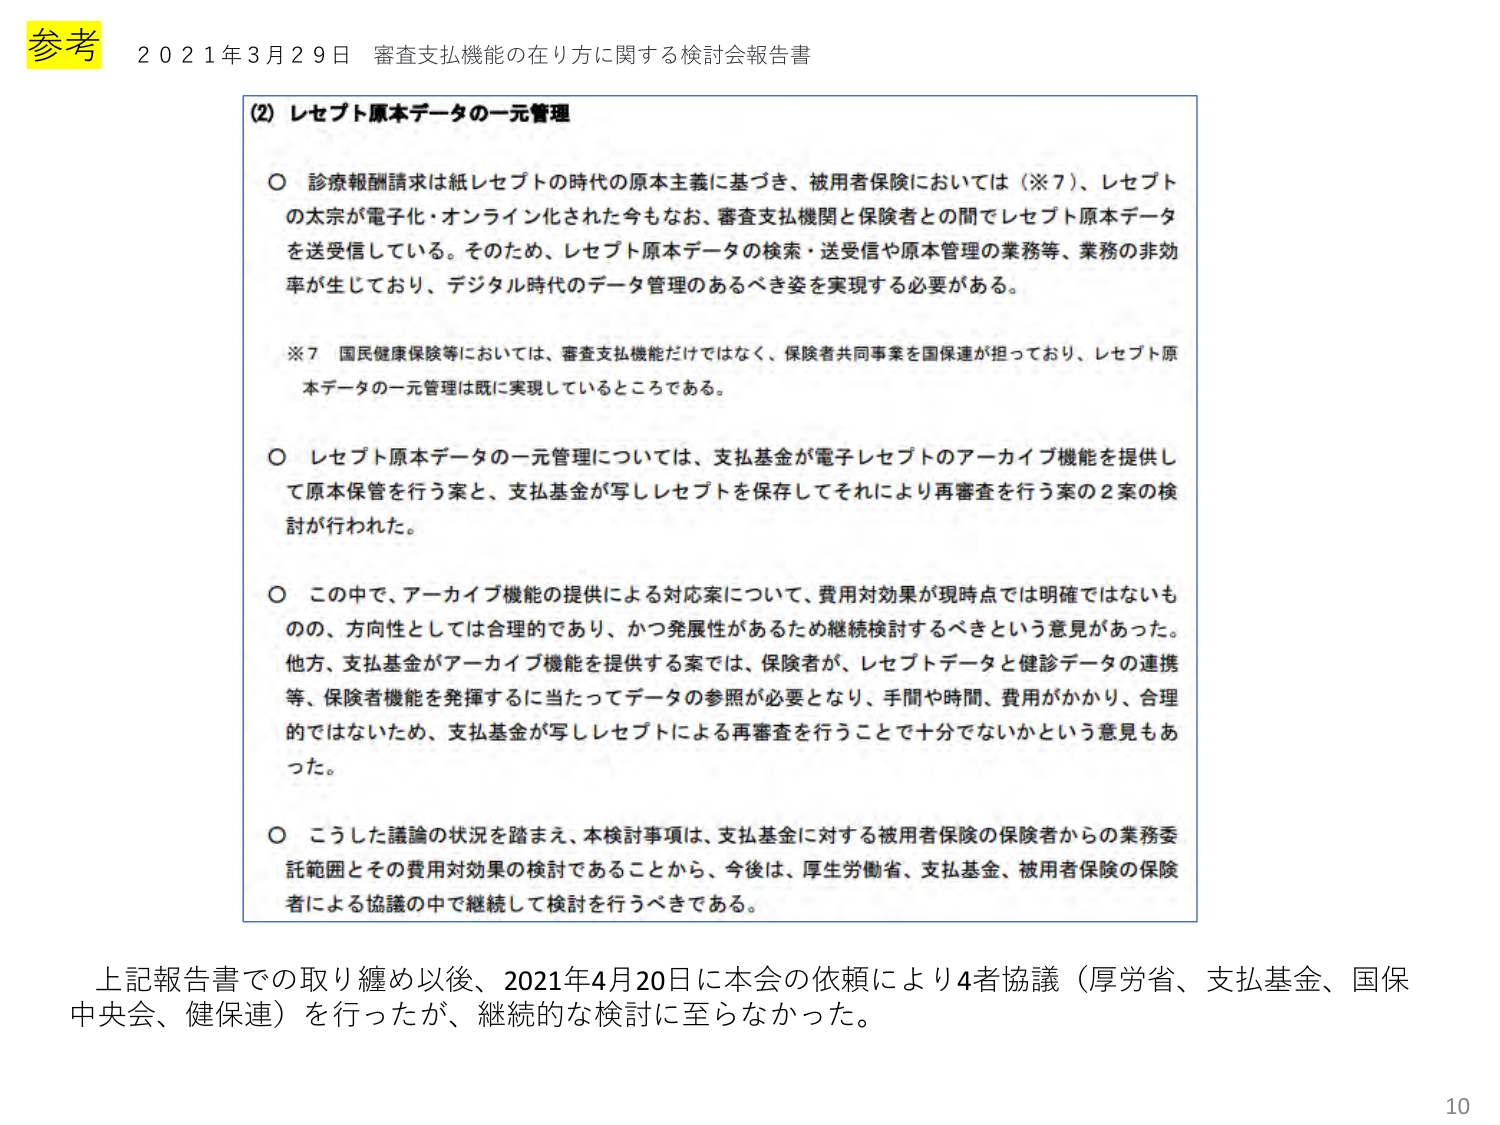
参考 2021年3月29日 審査支払機能の在り方に関する検討会報告書

(2) レセプト原本データの一元管理

○ 診療報酬請求は紙レセプトの時代の原本主義に基づき、被用者保険においては（※7）、レセプトの太宗が電子化・オンライン化された今もなお、審査支払機関と保険者との間でレセプト原本データを送受信している。そのため、レセプト原本データの検索・送受信や原本管理の業務等、業務の非効率が生じており、デジタル時代のデータ管理のあるべき姿を実現する必要がある。

※7 国民健康保険等においては、審査支払機能だけではなく、保険者共同事業を国保連が担っており、レセプト原本データの一元管理は既に実現しているところである。

○ レセプト原本データの一元管理については、支払基金が電子レセプトのアーカイブ機能を提供して原本保管を行う案と、支払基金が写しレセプトを保存してそれにより再審査を行う案の2案の検討が行われた。

○ この中で、アーカイブ機能の提供による対応案について、費用対効果が現時点では明確ではないものの、方向性としては合理的であり、かつ発展性があるため継続検討するべきという意見があった。他方、支払基金がアーカイブ機能を提供する案では、保険者が、レセプトデータと健診データの連携等、保険者機能を発揮するに当たってデータの参照が必要となり、手間や時間、費用がかかり、合理的ではないため、支払基金が写しレセプトによる再審査を行うことで十分ではないかという意見もあった。

○ こうした議論の状況を踏まえ、本検討事項は、支払基金に対する被用者保険の保険者からの業務委託範囲とその費用対効果の検討であることから、今後は、厚生労働省、支払基金、被用者保険の保険者による協議の中で継続して検討を行うべきである。

上記報告書での取り纏め以後、2021年4月20日に本会の依頼により4者協議（厚労省、支払基金、国保中央会、健保連）を行ったが、継続的な検討に至らなかった。

10